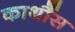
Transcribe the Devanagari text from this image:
कार्थौस